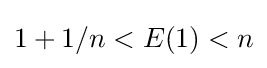
{\textstyle 1+1/n<E(1)<n}